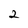
Character: 2